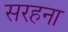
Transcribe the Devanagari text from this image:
सरहना